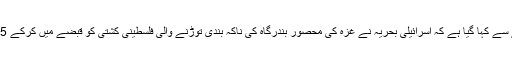
فلسطینی اطلاع رسانی سینٹر کے حوالے سے کہا گیا ہے کہ اسرائیلی بحریہ نے غزہ کی محصور بندرگاہ کی ناکہ بندی توڑنے والی فلسطینی کشتی کو قبضے میں کرکے 25 فلسطینی باشندوں کو گرفتار کرلیا ہے۔